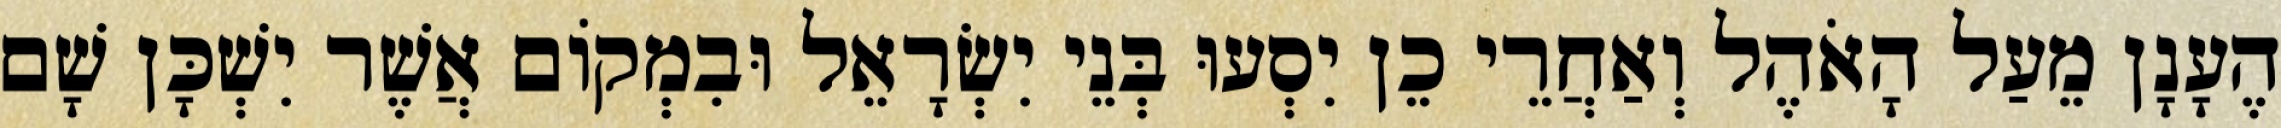
הֶעָנָן מֵעַל הָאֹהֶל וְאַחֲרֵי כֵן יִסְעוּ בְּנֵי יִשְׂרָאֵל וּבִמְקוֹם אֲשֶׁר יִשְׁכָּן שָׁם